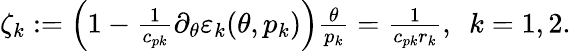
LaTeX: \begin{array}{r}{\zeta_{k}:=\Big(1-\frac{1}{c_{pk}}\partial_{\theta}\varepsilon_{k}(\theta,p_{k})\Big)\frac{\theta}{p_{k}}=\frac{1}{c_{pk}r_{k}},\ \ k=1,2.}\end{array}